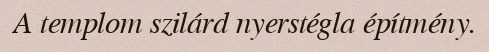
A templom szilárd nyerstégla építmény.